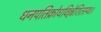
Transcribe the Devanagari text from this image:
धनपतिक्रोधविश्लेशितस्य।।